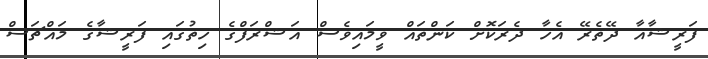
ފަރީޝާއާ ދޭތެރޭ އެހާ ދެރަކޮށް ކަންތައް ވީމައިވެސް އަޝްރަފްގެ ހިތުގައި ފަރީޝާގެ މައްޗަސް